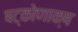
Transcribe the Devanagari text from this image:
षट्कोणाक्ष